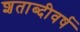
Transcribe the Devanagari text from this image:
शताब्दीवर्ष